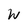
Character: W